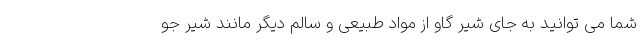
شما می توانید به جای شیر گاو از مواد طبیعی و سالم دیگر مانند شیر جو